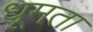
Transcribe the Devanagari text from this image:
धूमता